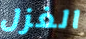
الغزل